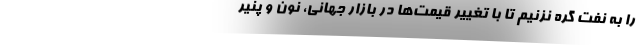
را به نفت گره نزنیم تا با تغییر قیمت‌ها در بازار جهانی، نون و پنیر